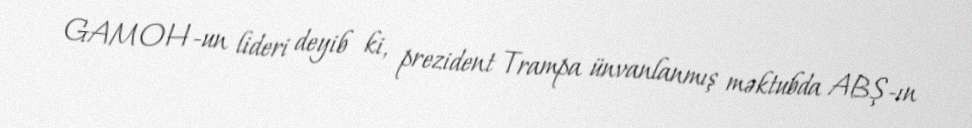
GAMOH-un lideri deyib ki, prezident Trampa ünvanlanmış məktubda ABŞ-ın